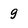
Character: g